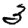
Digit: 3